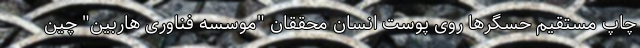
چاپ مستقیم حسگرها روی پوست انسان محققان "موسسه فناوری هاربین" چین